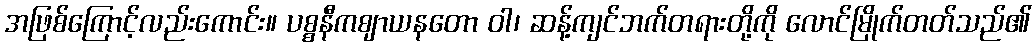
အဖြစ်ကြောင့်လည်းကောင်း။ ပစ္စနီကဈာယနတော ဝါ၊ ဆန့်ကျင်ဘက်တရားတို့ကို လောင်မြိုက်တတ်သည်၏